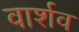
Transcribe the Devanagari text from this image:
वार्शव